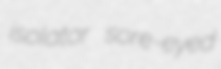
isolator sore-eyed